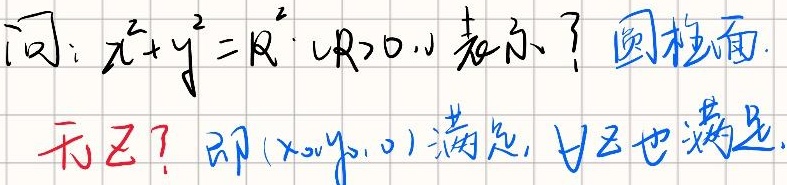
问：$x^{2}+y^{2}=R^{2}(R > 0)$表示？圆柱面.
无$z$？即$(x_0,y_0,0)$满足，$\forall z$也满足.